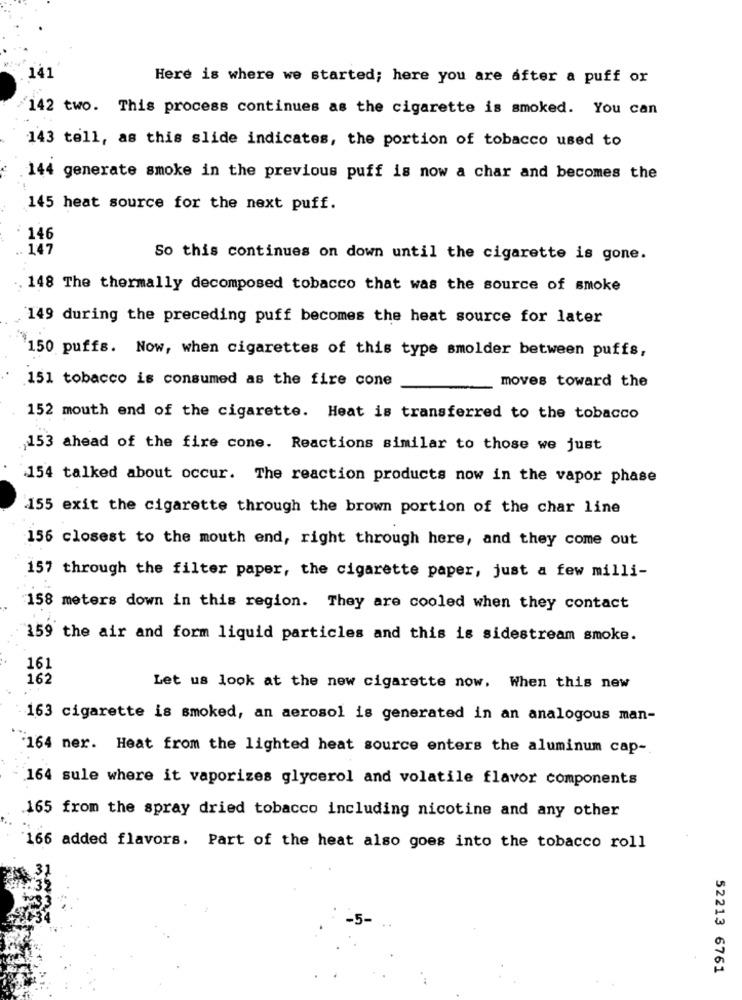
141
Here is where we started; here you are after a puff or
142 two. This process continues as the cigarette is smoked. You can
143 tell, as this slide indicates, the portion of tobacco used to
144 generate smoke in the previous puff is now a char and becomes the
145 heat source for the next puff.
146
147
So this continues on down until the cigarette is gone.
148 The thermally decomposed tobacco that was the source of smoke
149 during the preceding puff becomes the heat source for later
150 puffs. Now, when cigarettes of this type smolder between puffs,
151 tobacco is consumed as the fire cone
moves toward the
152 mouth end of the cigarette. Heat is transferred to the tobacco
153 ahead of the fire cone. Reactions similar to those we just
154 talked about occur. The reaction products now in the vapor phase
155 exit the cigarette through the brown portion of the char line
156 closest to the mouth end, right through here, and they come out
157 through the filter paper, the cigarette paper, just a few milli-
158 meters down in this region. They are cooled when they contact
159 the air and form liquid particles and this is sidestream smoke.
161
162
Let us look at the new cigarette now. When this new
163 cigarette is smoked, an aerosol is generated in an analogous man-
'164 ner. Heat from the lighted heat source enters the aluminum cap-
164 sule where it vaporizes glycerol and volatile flavor components
165 from the spray dried tobacco including nicotine and any other
166 added flavors. Part of the heat also goes into the tobacco roll
52213 6761